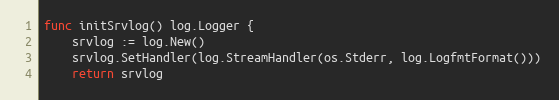
Language: Go
func initSrvlog() log.Logger {
	srvlog := log.New()
	srvlog.SetHandler(log.StreamHandler(os.Stderr, log.LogfmtFormat()))
	return srvlog